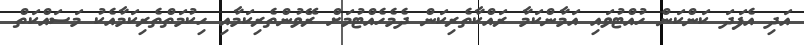
އަދި އެފަދަ ކަންކަން ހުއްޓުވައި އަމާންކަމާ ރައްކާތެރިކަން ދެމެހެއްޓުމަށް ރޭވުންތެރިކަމާއި ހިކުމަތްތެރިކަމާއެކު މަސައްކަތް